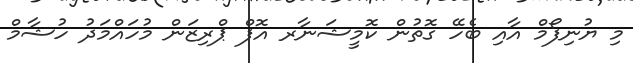
މި ޔުނިފޯމް އާއި ބެހޭ ގޮތުން ކޮމީޝަނާރ އޮފް ޕްރިޒަން މުހައްމަދު ހުޝާމް